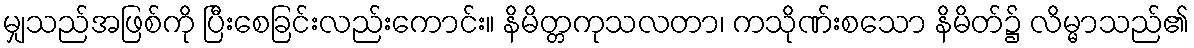
မျှသည်အဖြစ်ကို ပြီးစေခြင်းလည်းကောင်း။ နိမိတ္တကုသလတာ၊ ကသိုဏ်းစသော နိမိတ်၌ လိမ္မာသည်၏